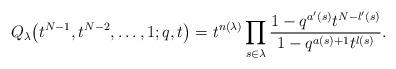
LaTeX: \begin{gather*}Q_{\lambda}\big(t^{N-1}, t^{N-2}, \dots, 1; q, t\big) = t^{n(\lambda)}\prod_{s\in\lambda}{\frac{1 - q^{a'(s)}t^{N - l'(s)}}{1 - q^{a(s)+1}t^{l(s)}}}.\end{gather*}